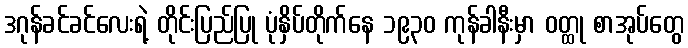
ဒဂုန်ခင်ခင်လေးရဲ့ တိုင်းပြည်ပြု ပုံနှိပ်တိုက်နေ ၁၉၃၀ ကုန်ခါနီးမှာ ဝတ္ထု စာအုပ်တွေ